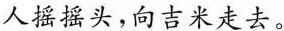
人摇摇头，向吉米走去。